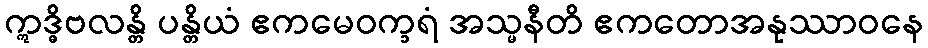
ဣဒ္ဓိဗလန္တိ ပန္တိယံ ဧကမေဝက္ခရံ အသ္မနီတိ ဧကတောအနုဿာဝနေ